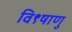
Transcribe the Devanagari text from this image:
वि९षाणु